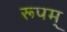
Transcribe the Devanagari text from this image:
रूपम्